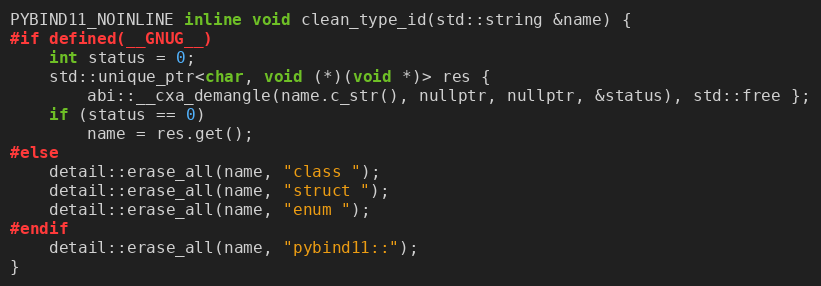
Language: C
PYBIND11_NOINLINE inline void clean_type_id(std::string &name) {
#if defined(__GNUG__)
    int status = 0;
    std::unique_ptr<char, void (*)(void *)> res {
        abi::__cxa_demangle(name.c_str(), nullptr, nullptr, &status), std::free };
    if (status == 0)
        name = res.get();
#else
    detail::erase_all(name, "class ");
    detail::erase_all(name, "struct ");
    detail::erase_all(name, "enum ");
#endif
    detail::erase_all(name, "pybind11::");
}